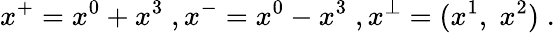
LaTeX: x^{+}=x^{0}+x^{3}\; ,x^{-}=x^{0}-x^{3}\; ,x^{\perp}=(x^{1},\; x^{2})\; .